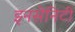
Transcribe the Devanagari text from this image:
इनसेनिटी